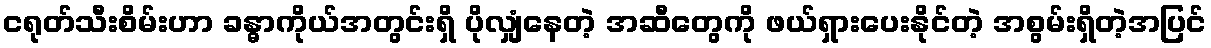
ငရုတ်သီးစိမ်းဟာ ခန္ဓာကိုယ်အတွင်းရှိ ပိုလျှံနေတဲ့ အဆီတွေကို ဖယ်ရှားပေးနိုင်တဲ့ အစွမ်းရှိတဲ့အပြင်